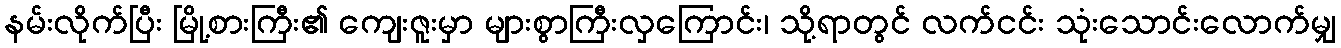
နမ်းလိုက်ပြီး မြို့စားကြီး၏ ကျေးဇူးမှာ များစွာကြီးလှကြောင်း၊ သို့ရာတွင် လက်ငင်း သုံးသောင်းလောက်မျှ